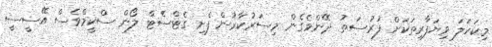
މިކަހަލަ ވިޔަފާރިތަކަށް ފުރުސަތު ދޭންވެގެން މިސަރުކާރުން ފެށި ގެޓްސެޓް ލޯން ސްކީމްވެސް އޭސީސީ